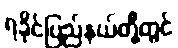
ရခိုင်ပြည်နယ်တို့တွင်